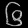
Digit: ၆